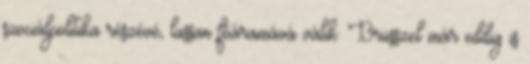
szociálpolitika részévé, lassan főáramává válik. Brüsszel már eddig is